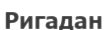
Ригадан